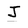
Character: J